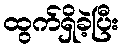
ထွက်ရှိခဲ့ပြီး